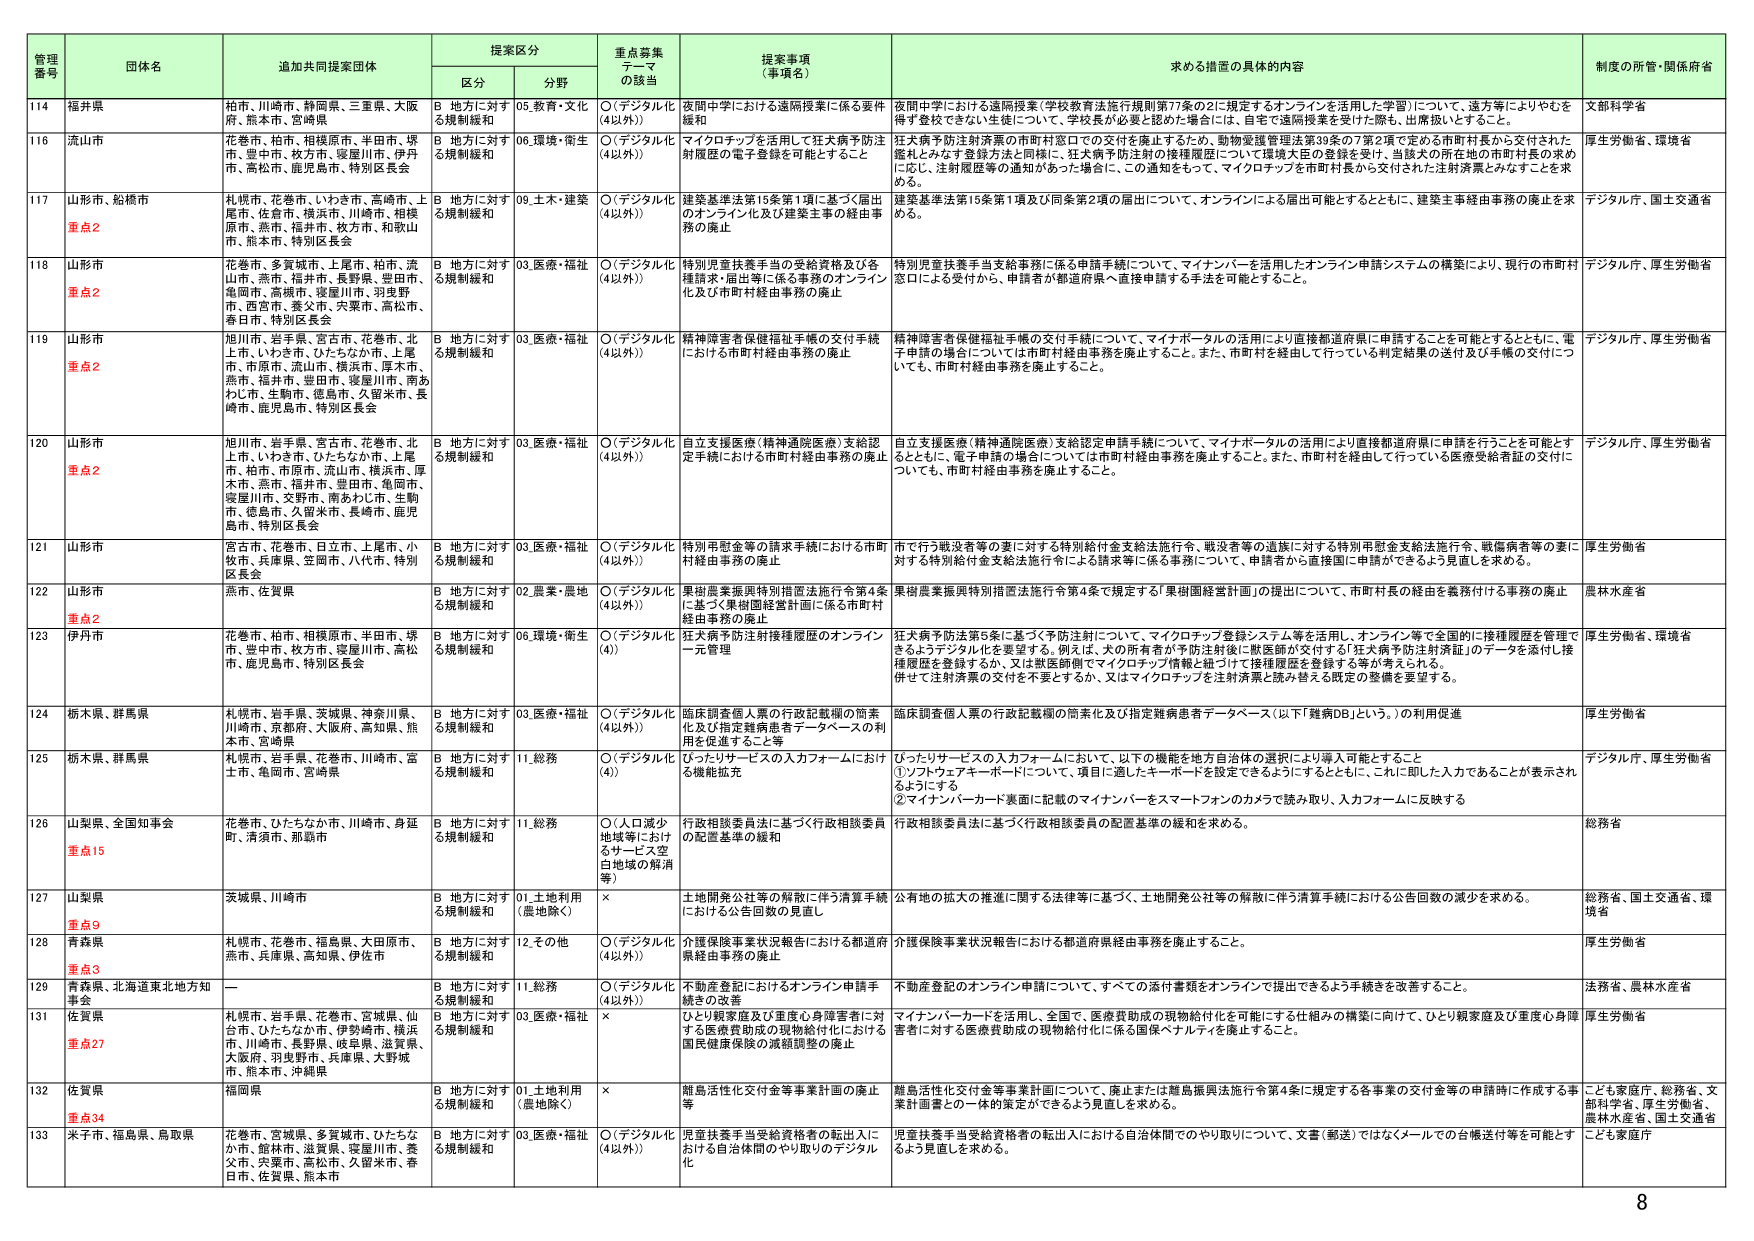
管理番号	団体名	追加共同提案団体	提案区分	重点募集テーマの該当	提案事項（事項名）	求める措置の具体的内容	制度の所管・関係府省
		区分	分野
114	福井県	柏市、川崎市、静岡県、三重県、大阪府、熊本市、宮崎県	B 地方に対する規制緩和	05.教育・文化	O（「デジタル化（4以外）」）	夜間中学における遠隔授業に係る要件緩和	夜間中学における遠隔授業（学校教育法施行規則第77条の2に規定するオンラインを活用した学習）について、遠方等によりやむを得ず登校できない生徒について、学校長が必要と認めた場合には、自宅で遠隔授業を受けた際も、出席扱いとすること。	文部科学省
116	流山市	花巻市、柏市、相模原市、半田市、堺市、豊中市、枚方市、寝屋川市、伊丹市、高松市、鹿児島市、特別区長会	B 地方に対する規制緩和	06.環境・衛生	O（「デジタル化（4以外）」）	マイクロチップを活用して狂犬病予防注射履歴の電子登録を可能とすること	狂犬病予防注射済票の市町村窓口での交付を廃止するため、動物愛護管理法第30条の7第2項で定める市町村長から交付された番札とみなす登録方法と同様に、狂犬病予防注射の接種履歴について環境大臣の登録を受け、当該犬の所在他の市町村長の求めに応じ、注射履歴等の通知があった場合に、この通知をもって、マイクロチップを市町村長から交付された注射済票とみなすことを求める。	厚生労働省、環境省
117	山形市、船橋市	重点2	札幌市、花巻市、いわき市、高崎市、上尾市、佐倉市、横浜市、川崎市、相模原市、燕市、福井市、枚方市、和歌山市、熊本市、特別区長会	B 地方に対する規制緩和	09.土木・建築	O（「デジタル化（4以外）」）	建築基準法第15条第1項に基づく届出のオンライン化及び建築主事の経由事務の廃止	建築基準法第15条第1項及び同条第2項の届出について、オンラインによる届出可能とするとともに、建築主事経由事務の廃止を求める。	デジタル庁、国土交通省
118	山形市	重点2	花巻市、多賀城市、上尾市、柏市、流山市、燕市、福井市、長野県、豊田市、亀岡市、高槻市、寝屋川市、羽曳野市、西宮市、養父市、宍粟市、高松市、春日市、特別区長会	B 地方に対する規制緩和	03.医療・福祉	O（「デジタル化（4以外）」）	特別児童扶養手当の受給資格及び各種請求・届出等に係る事務のオンライン化及び市町村経由事務の廃止	特別児童扶養手当支給事務に係る申請手続について、マイナンバーを活用したオンライン申請システムの構築により、現行の市町村窓口による受付から、申請者が都道府県へ直接申請する手法を可能とすること。	デジタル庁、厚生労働省
119	山形市	重点2	旭川市、岩手県、宮古市、花巻市、北上市、いわき市、ひたちなか市、上尾市、市原市、流山市、横浜市、厚木市、燕市、福井市、豊田市、寝屋川市、南あわじ市、生駒市、徳島市、久留米市、長崎市、鹿児島市、特別区長会	B 地方に対する規制緩和	03.医療・福祉	O（「デジタル化（4以外）」）	精神障害者保健福祉手帳の交付手続における市町村経由事務の廃止	精神障害者保健福祉手帳の交付手続について、マイナポータルの活用により直接都道府県に申請することを可能とするとともに、電子申請の場合については市町村経由事務を廃止すること。また、市町村経由で行っている判定結果の送付及び手帳の交付についても、市町村経由事務を廃止すること。	デジタル庁、厚生労働省
120	山形市	重点2	旭川市、岩手県、宮古市、花巻市、北上市、いわき市、ひたちなか市、上尾市、柏市、市原市、流山市、横浜市、厚木市、燕市、福井市、豊田市、亀岡市、寝屋川市、交野市、南あわじ市、生駒市、徳島市、久留米市、長崎市、鹿児島市、特別区長会	B 地方に対する規制緩和	03.医療・福祉	O（「デジタル化（4以外）」）	自立支援医療（精神通院医療）支給認定手続における市町村経由事務の廃止	自立支援医療（精神通院医療）支給認定申請手続について、マイナポータルの活用により直接都道府県に申請を行うことを可能とするとともに、電子申請の場合については市町村経由事務を廃止すること。また、市町村を経由して行っている医療受給者証の交付についても、市町村経由事務を廃止すること。	デジタル庁、厚生労働省
121	山形市	宮古市、花巻市、日立市、上尾市、小牧市、兵庫県、笠岡市、八代市、特別区長会	B 地方に対する規制緩和	03.医療・福祉	O（「デジタル化（4以外）」）	特別用慰金等の請求手続における市町村経由事務の廃止	市で行う戦没者等の妻に対する特別給付金支給法施行令、戦没者等の遺族に対する特別用慰金支給法施行令、戦傷病者等の妻に対する特別給付金支給法施行令による請求等に係る事務について、申請者から直接国に申請ができるよう見直しを求める。	厚生労働省
122	山形市	重点2	燕市、佐賀県	B 地方に対する規制緩和	02.農業・農地	O（「デジタル化（4以外）」）	果樹産業振興特別措置法施行令第4条に基づく果樹園経営計画に係る市町村経由事務の廃止	果樹産業振興特別措置法施行令第4条で規定する「果樹園経営計画」の提出について、市町村長の経由を義務付ける事務の廃止	農林水産省
123	伊丹市	花巻市、柏市、相模原市、半田市、堺市、豊中市、枚方市、寝屋川市、高松市、鹿児島市、特別区長会	B 地方に対する規制緩和	06.環境・衛生	O（「デジタル化（4）」）	狂犬病予防注射接種履歴のオンライン一元管理	狂犬病予防法第5条に基づく予防注射について、マイクロチップ登録システム等を活用し、オンライン等で全国的に接種履歴を管理できるようデジタル化を要望する。例えば、犬の所有者が予防注射後に獣医師が交付する「狂犬病予防注射済証」のデータを添付し接種履歴を登録するか、又は獣医師側でマイクロチップ情報と紐づけて接種履歴を登録する等が考えられる。併せて注射済票の交付を不要とするか、又はマイクロチップを注射済票と読み替える既定の整備を要望する。	厚生労働省、環境省
124	栃木県、群馬県	札幌市、岩手県、茨城県、神奈川県、川崎市、京都府、大阪府、高知県、熊本市、宮崎県	B 地方に対する規制緩和	03.医療・福祉	O（「デジタル化（4以外）」）	臨床調査個人票の行政記載欄の簡素化及び指定難病患者データベースの利用を促進すること等	臨床調査個人票の行政記載欄の簡素化及び指定難病患者データベース（以下「難病DB」という。）の利用促進	厚生労働省
125	栃木県、群馬県	札幌市、岩手県、花巻市、川崎市、宮士市、亀岡市、宮崎県	B 地方に対する規制緩和	11.総務	O（「デジタル化（4）」）	ぴったりサービスの入力フォームにおける機能拡充	ぴったりサービスの入力フォームにおいて、以下の機能を地方自治体の選択により導入可能とすること①ソフトウェアアーカイブについて、項目に適したキーワードを設定できるようにするとともに、これに即した入力であることが表示されるようにする②マイナンバーカード裏面に記載のマイナンバーをスマートフォンのカメラで読み取り、入力フォームに反映する	デジタル庁、厚生労働省
126	山梨県、全国知事会	重点15	花巻市、ひたちなか市、川崎市、身延町、清須市、那覇市	B 地方に対する規制緩和	11.総務	O（「人口減少地域等におけるサービス空白地域の解消等」）	行政相談委員法に基づく行政相談委員の配置基準の緩和	行政相談委員法に基づく行政相談委員の配置基準の緩和を求める。	総務省
127	山梨県	重点9	茨城県、川崎市	B 地方に対する規制緩和	01.土地利用（農地除く）	×	土地開発公社等の解散に伴う清算手続における公告回数の見直し	公有地の拡大の推進に関する法律等に基づく、土地開発公社等の解散に伴う清算手続における公告回数の減少を求める。	総務省、国土交通省、環境省
128	青森県	重点3	札幌市、花巻市、福島県、大田原市、燕市、兵庫県、高知県、伊佐市	B 地方に対する規制緩和	12.その他	O（「デジタル化（4以外）」）	介護保険事業状況報告における都道府県経由事務の廃止	介護保険事業状況報告における都道府県経由事務を廃止すること。	厚生労働省
129	青森県、北海道東北地方知事会	一	B 地方に対する規制緩和	11.総務	O（「デジタル化（4以外）」）	不動産登記におけるオンライン申請手続の改善	不動産登記のオンライン申請について、すべての添付書類をオンラインで提出できるよう手続きを改善すること。	法務省、農林水産省
131	佐賀県	重点27	札幌市、岩手県、花巻市、宮城県、仙台市、ひたちなか市、伊勢崎市、横浜市、川崎市、長野県、岐阜県、滋賀県、大阪府、羽曳野市、兵庫県、大野城市、熊本市、沖縄県	B 地方に対する規制緩和	03.医療・福祉	×	ひとり親家庭及び重度心身障害者に対する医療費助成の現物給付化における国民健康保険の減額調整の廃止	マイナンバーカードを活用し、全国で、医療費助成の現物給付化を可能にする仕組みの構築に向けて、ひとり親家庭及び重度心身障害者に対する医療費助成の現物給付化に係る国保ペナルティを廃止すること。	厚生労働省
132	佐賀県	重点34	福岡県	B 地方に対する規制緩和	01.土地利用（農地除く）	×	離島活性化交付金等事業計画の廃止等	離島活性化交付金等事業計画について、廃止または離島振興法施行令第4条に規定する各事業の交付金等の申請時に作成する事業計画書との一体的策定ができるよう見直しを求める。	こども家庭庁、総務省、文部科学省、厚生労働省、農林水産省、国土交通省
133	米子市、福島県、鳥取県	花巻市、宮城県、多賀城市、ひたちなか市、館林市、滋賀県、寝屋川市、養父市、宍粟市、高松市、久留米市、春日市、佐賀県、熊本市	B 地方に対する規制緩和	03.医療・福祉	O（「デジタル化（4以外）」）	児童扶養手当受給資格者の転出入における自治体間でのやり取りのデジタル化	児童扶養手当受給資格者の転出入における自治体間でのやり取りについて、文書（郵送）ではなくメールでの台帳送付等を可能とできるよう見直しを求める。	こども家庭庁

8